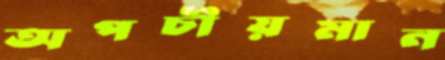
অপচীয়মান